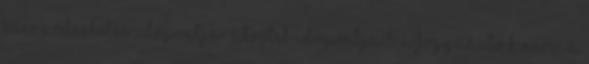
Szerződéskötés időpontja átvétel időpontja:5 A fogyasztó k neve: A